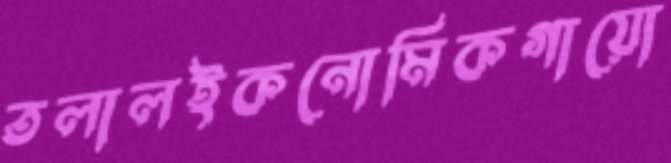
তলালইকনোমিকগায়ো